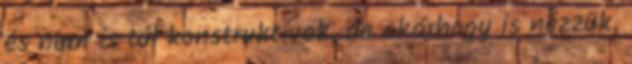
és nem is túl konstruktívak, de akárhogy is nézzük,